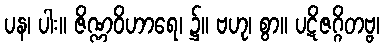
ပန၊ ပါး။ ဇိဏ္ဏဝိဟာရေ၊ ၌။ ဗဟု၊ စွာ။ ပဋိဇဂ္ဂိတဗ္ဗ၊